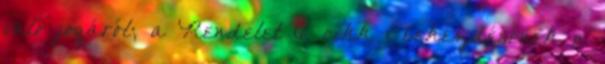
való jogáról; a Rendelet 6. cikk 1 bekezdésének a